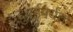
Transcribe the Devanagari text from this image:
दुबईपर्यंत